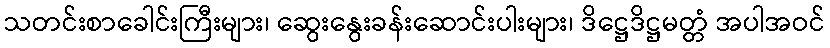
သတင်းစာခေါင်းကြီးများ၊ ဆွေးနွေးခန်းဆောင်းပါးများ၊ ဒိဋ္ဌေဒိဋ္ဌမတ္တံ အပါအဝင်